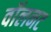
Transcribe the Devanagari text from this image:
वॉलनट